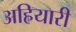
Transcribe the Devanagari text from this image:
अहियारी